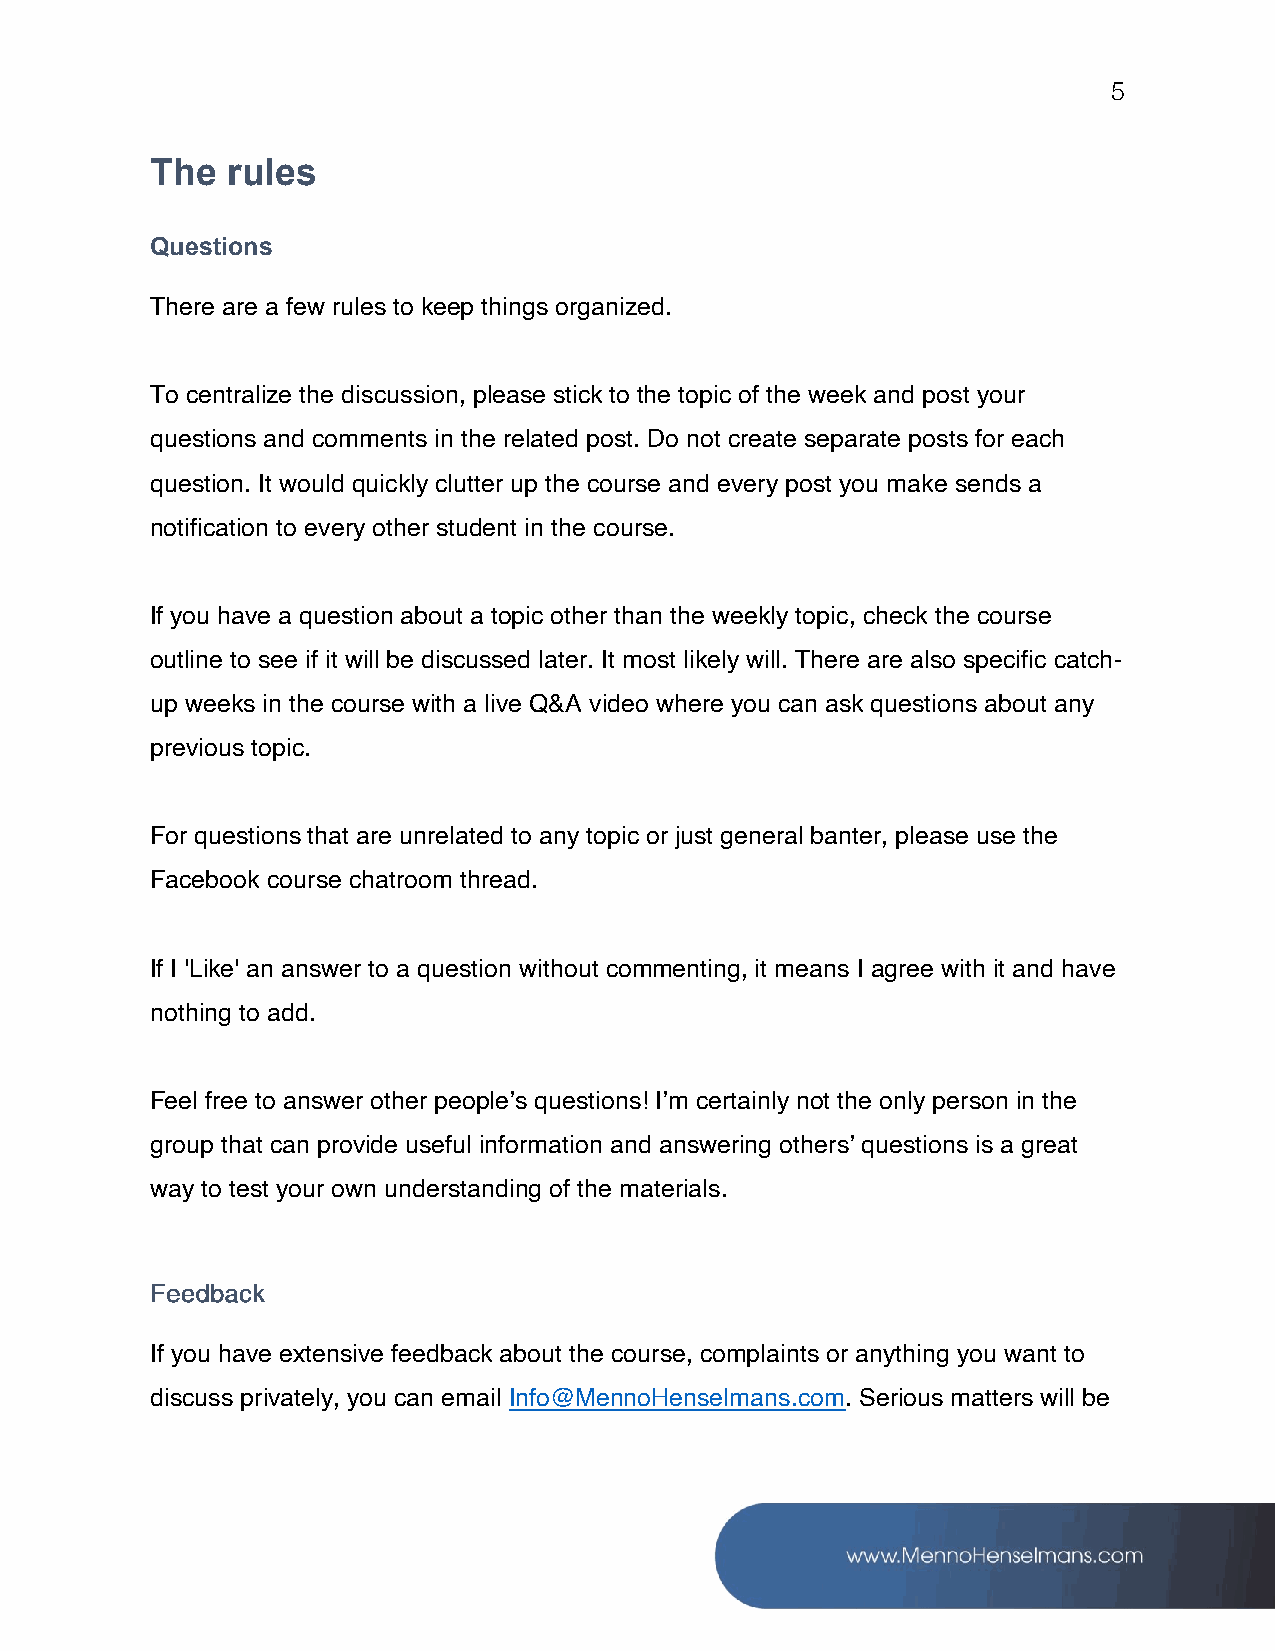
5
 The  rules
 Questions
 There are a few rules to keep things organized.
 To centralize the discussion, please stick to the topic of the week and post your
 questions and comments in the related post. Do not create separate posts for each
 question. It would quickly clutter up the course and every post you make sends a
 notification to every other student in the course.
 If you have a question about a topic other than the weekly topic, check the course
 outline to see if it will be discussed later. It most likely will. There are also specific catch-
 up weeks in the course with a live Q&A video where you can ask questions about any
 previous topic.
 For questions that are unrelated to any topic or just general banter, please use the
 Facebook course chatroom thread.
 If I 'Like' an answer to a question without commenting, it means I agree with it and have
 nothing to add.
 Feel free to answer other people’s questions! I’m certainly not the only person in the
 group that can provide useful information and answering others’ questions is a great
 way to test your own understanding of the materials.
 If you have extensive feedback about the course, complaints or anything you want to
 discuss privately, you can email Info@MennoHenselmans.com. Serious matters will be